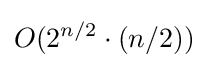
O(2^{n/2}\cdot (n/2))